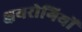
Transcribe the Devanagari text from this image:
क्षयरोगियों